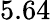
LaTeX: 5.64